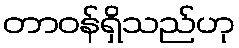
တာဝန်ရှိသည်ဟု